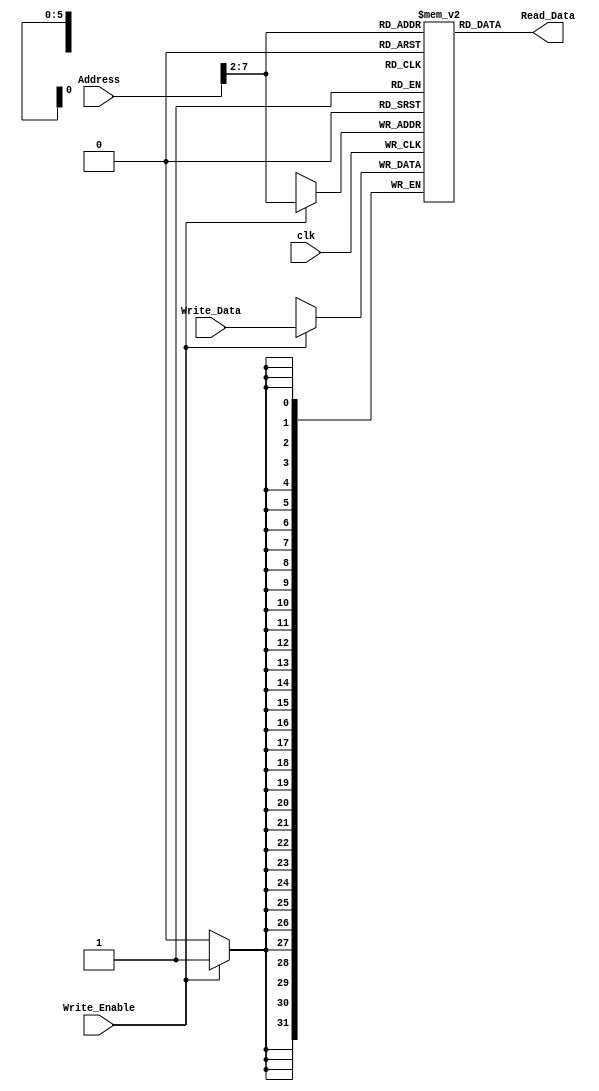
//////////////////////////////////////////////////////////////////////////////////
// Company: ITESO 
// Description: RAM memory for data
// Date: 29/Nov/22
//////////////////////////////////////////////////////////////////////////////////
module Data_Memory
#
(
	parameter	MEMORY_DEPTH = 64,
	parameter 	DATA_WIDTH = 32
)
(
	input 								clk,
	input 								Write_Enable,
	input 	[(DATA_WIDTH-1):0]	Write_Data,
	input		[(DATA_WIDTH-1):0] 	Address,
	
	output	[(DATA_WIDTH-1):0] 	Read_Data
);

	reg 	[DATA_WIDTH-1:0] 	ram[MEMORY_DEPTH-1:0];
	reg 	[DATA_WIDTH-1:0] 	Address_reg;
	
	wire  [(DATA_WIDTH-3):0] CurrAddr;
   assign CurrAddr=Address[(DATA_WIDTH-1):2]; 
	
	always @ (posedge clk) begin
		if (Write_Enable) //begin
			//ram[Address] <= Write_Data;
			ram[CurrAddr] <= Write_Data;
			  
		end
		//Address_reg <= Address;
	//end

	//assign Read_Data = ram[Address_reg];
assign Read_Data = ram[CurrAddr];

endmodule